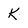
Character: K